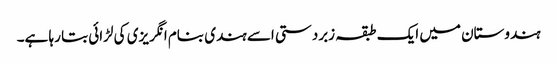
ہندوستان میں ایک طبقہ زبردستی اسے ہندی بنام انگریزی کی لڑائی بتا رہا ہے۔